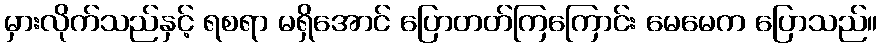
မှားလိုက်သည်နှင့် ရစရာ မရှိအောင် ပြောတတ်ကြကြောင်း မေမေက ပြောသည်။